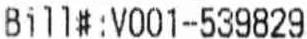
BILL#:V001-539829